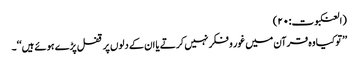
(العنکبوت:۲۰)
’’توکیا وہ قرآن میں غور و فکر نہیں کرتے یا ان کے دلوں پر قفل پڑے ہوئے ہیں‘‘۔